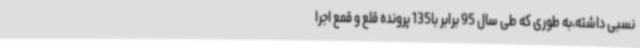
نسبی داشته،به طوری که طی سال 95 برابر با135 پرونده‌ قلع و قمع اجرا